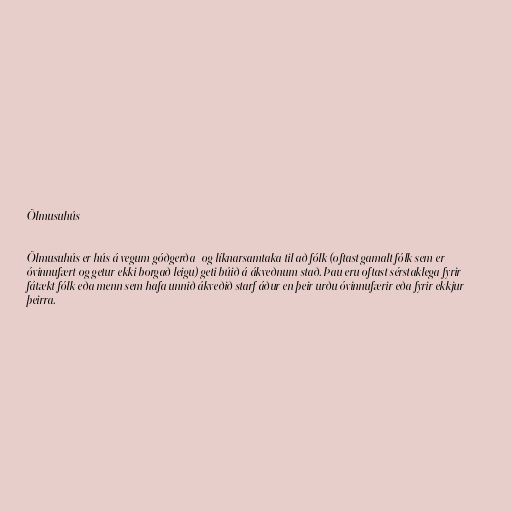
Ölmusuhús

Ölmusuhús er hús á vegum góðgerða- og líknarsamtaka til að fólk (oftast gamalt fólk sem er
óvinnufært og getur ekki borgað leigu) geti búið á ákveðnum stað. Þau eru oftast sérstaklega fyrir
fátækt fólk eða menn sem hafa unnið ákveðið starf áður en þeir urðu óvinnufærir eða fyrir ekkjur
þeirra.